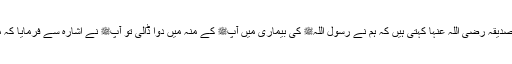
1478: اُمّ المؤمنین عائشہ صدیقہ رضی اللہ عنہا کہتی ہیں کہ ہم نے رسول اللہﷺ کی بیماری میں آپﷺ کے منہ میں دوا ڈالی تو آپﷺ نے اشارہ سے فرمایا کہ میرے منہ میں دوا مت ڈالو۔